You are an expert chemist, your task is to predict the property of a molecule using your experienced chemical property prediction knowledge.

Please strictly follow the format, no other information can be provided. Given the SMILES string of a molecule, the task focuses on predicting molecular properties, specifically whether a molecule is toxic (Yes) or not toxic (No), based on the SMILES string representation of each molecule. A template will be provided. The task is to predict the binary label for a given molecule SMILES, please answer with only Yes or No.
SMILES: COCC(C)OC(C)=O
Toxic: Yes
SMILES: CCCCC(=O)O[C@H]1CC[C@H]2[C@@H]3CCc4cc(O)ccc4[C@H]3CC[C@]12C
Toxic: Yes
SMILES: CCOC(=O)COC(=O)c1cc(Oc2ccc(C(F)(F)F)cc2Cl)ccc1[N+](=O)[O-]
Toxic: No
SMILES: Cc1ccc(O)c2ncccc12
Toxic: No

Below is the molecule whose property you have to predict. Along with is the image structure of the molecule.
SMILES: CC(=O)OCCOC(C)=O
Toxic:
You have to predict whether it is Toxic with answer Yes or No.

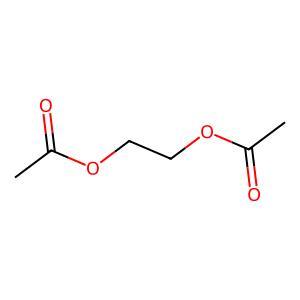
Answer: No